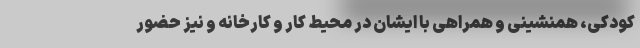
کودکی، همنشینی و همراهی با ایشان در محیط کار و کارخانه و نیز حضور